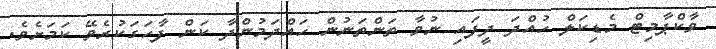
ވާކްޕާމިޓް މެޑިކަލް ހުއްދަ ދީފައި ނުވާ ތަންތަނުން ހައްދަމުންދާ ކަން ފާހަގަކުރެވޭ ކަމަށެވެ.